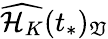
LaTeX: \widehat{\mathcal{H}_{K}}(t_{*})_{\mathfrak{V}}